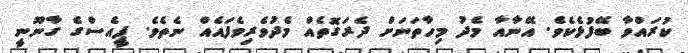
ކުރައްވާ ބޭފުޅެކެވެ. އޭނާއާ މެދު މިހާތަނަށް ދެރަގޮތެއް މެދުވެރިވެފައެއް ނެތެވެ. ޕީއެސްގެ ގާނޫނީ